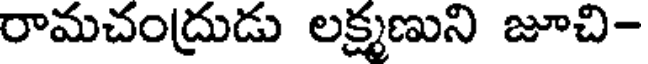
రామచంద్రుడు లక్ష్మణుని జూచి-